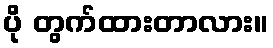
ပို တွက်ထားတာလား။